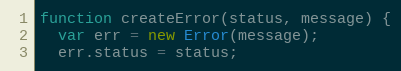
Language: JavaScript
function createError(status, message) {
  var err = new Error(message);
  err.status = status;